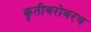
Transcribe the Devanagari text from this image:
कृतीबरोबरच